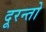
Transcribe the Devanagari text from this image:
दूरन्तो